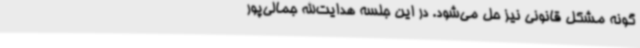
گونه مشکل قانونی نیز حل می‌شود. در این جلسه هدایت‌الله جمالی‌پور